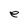
Character: e